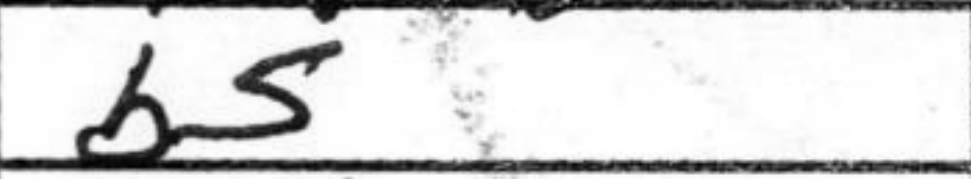
Transcription: b5